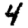
Digit: 4